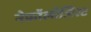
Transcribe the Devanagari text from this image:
नेफ्रॉलॉजिस्ट